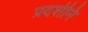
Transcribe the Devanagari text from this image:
प्रदर्शनि